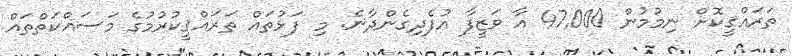
ތަރައްޤީކޮށް ނިމުމުން 47